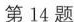
第14题